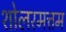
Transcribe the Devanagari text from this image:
शोलरमत्तम